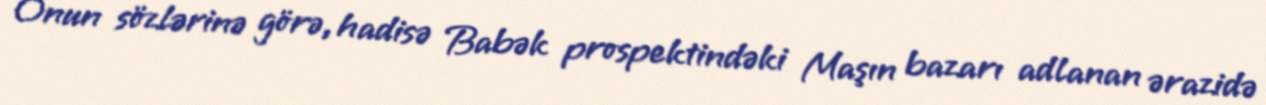
Onun sözlərinə görə, hadisə Babək prospektindəki Maşın bazarı adlanan ərazidə